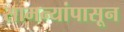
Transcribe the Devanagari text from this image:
सामन्यांपासून